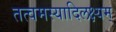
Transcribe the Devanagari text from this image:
तत्वमस्यादिलक्ष्यम्‌